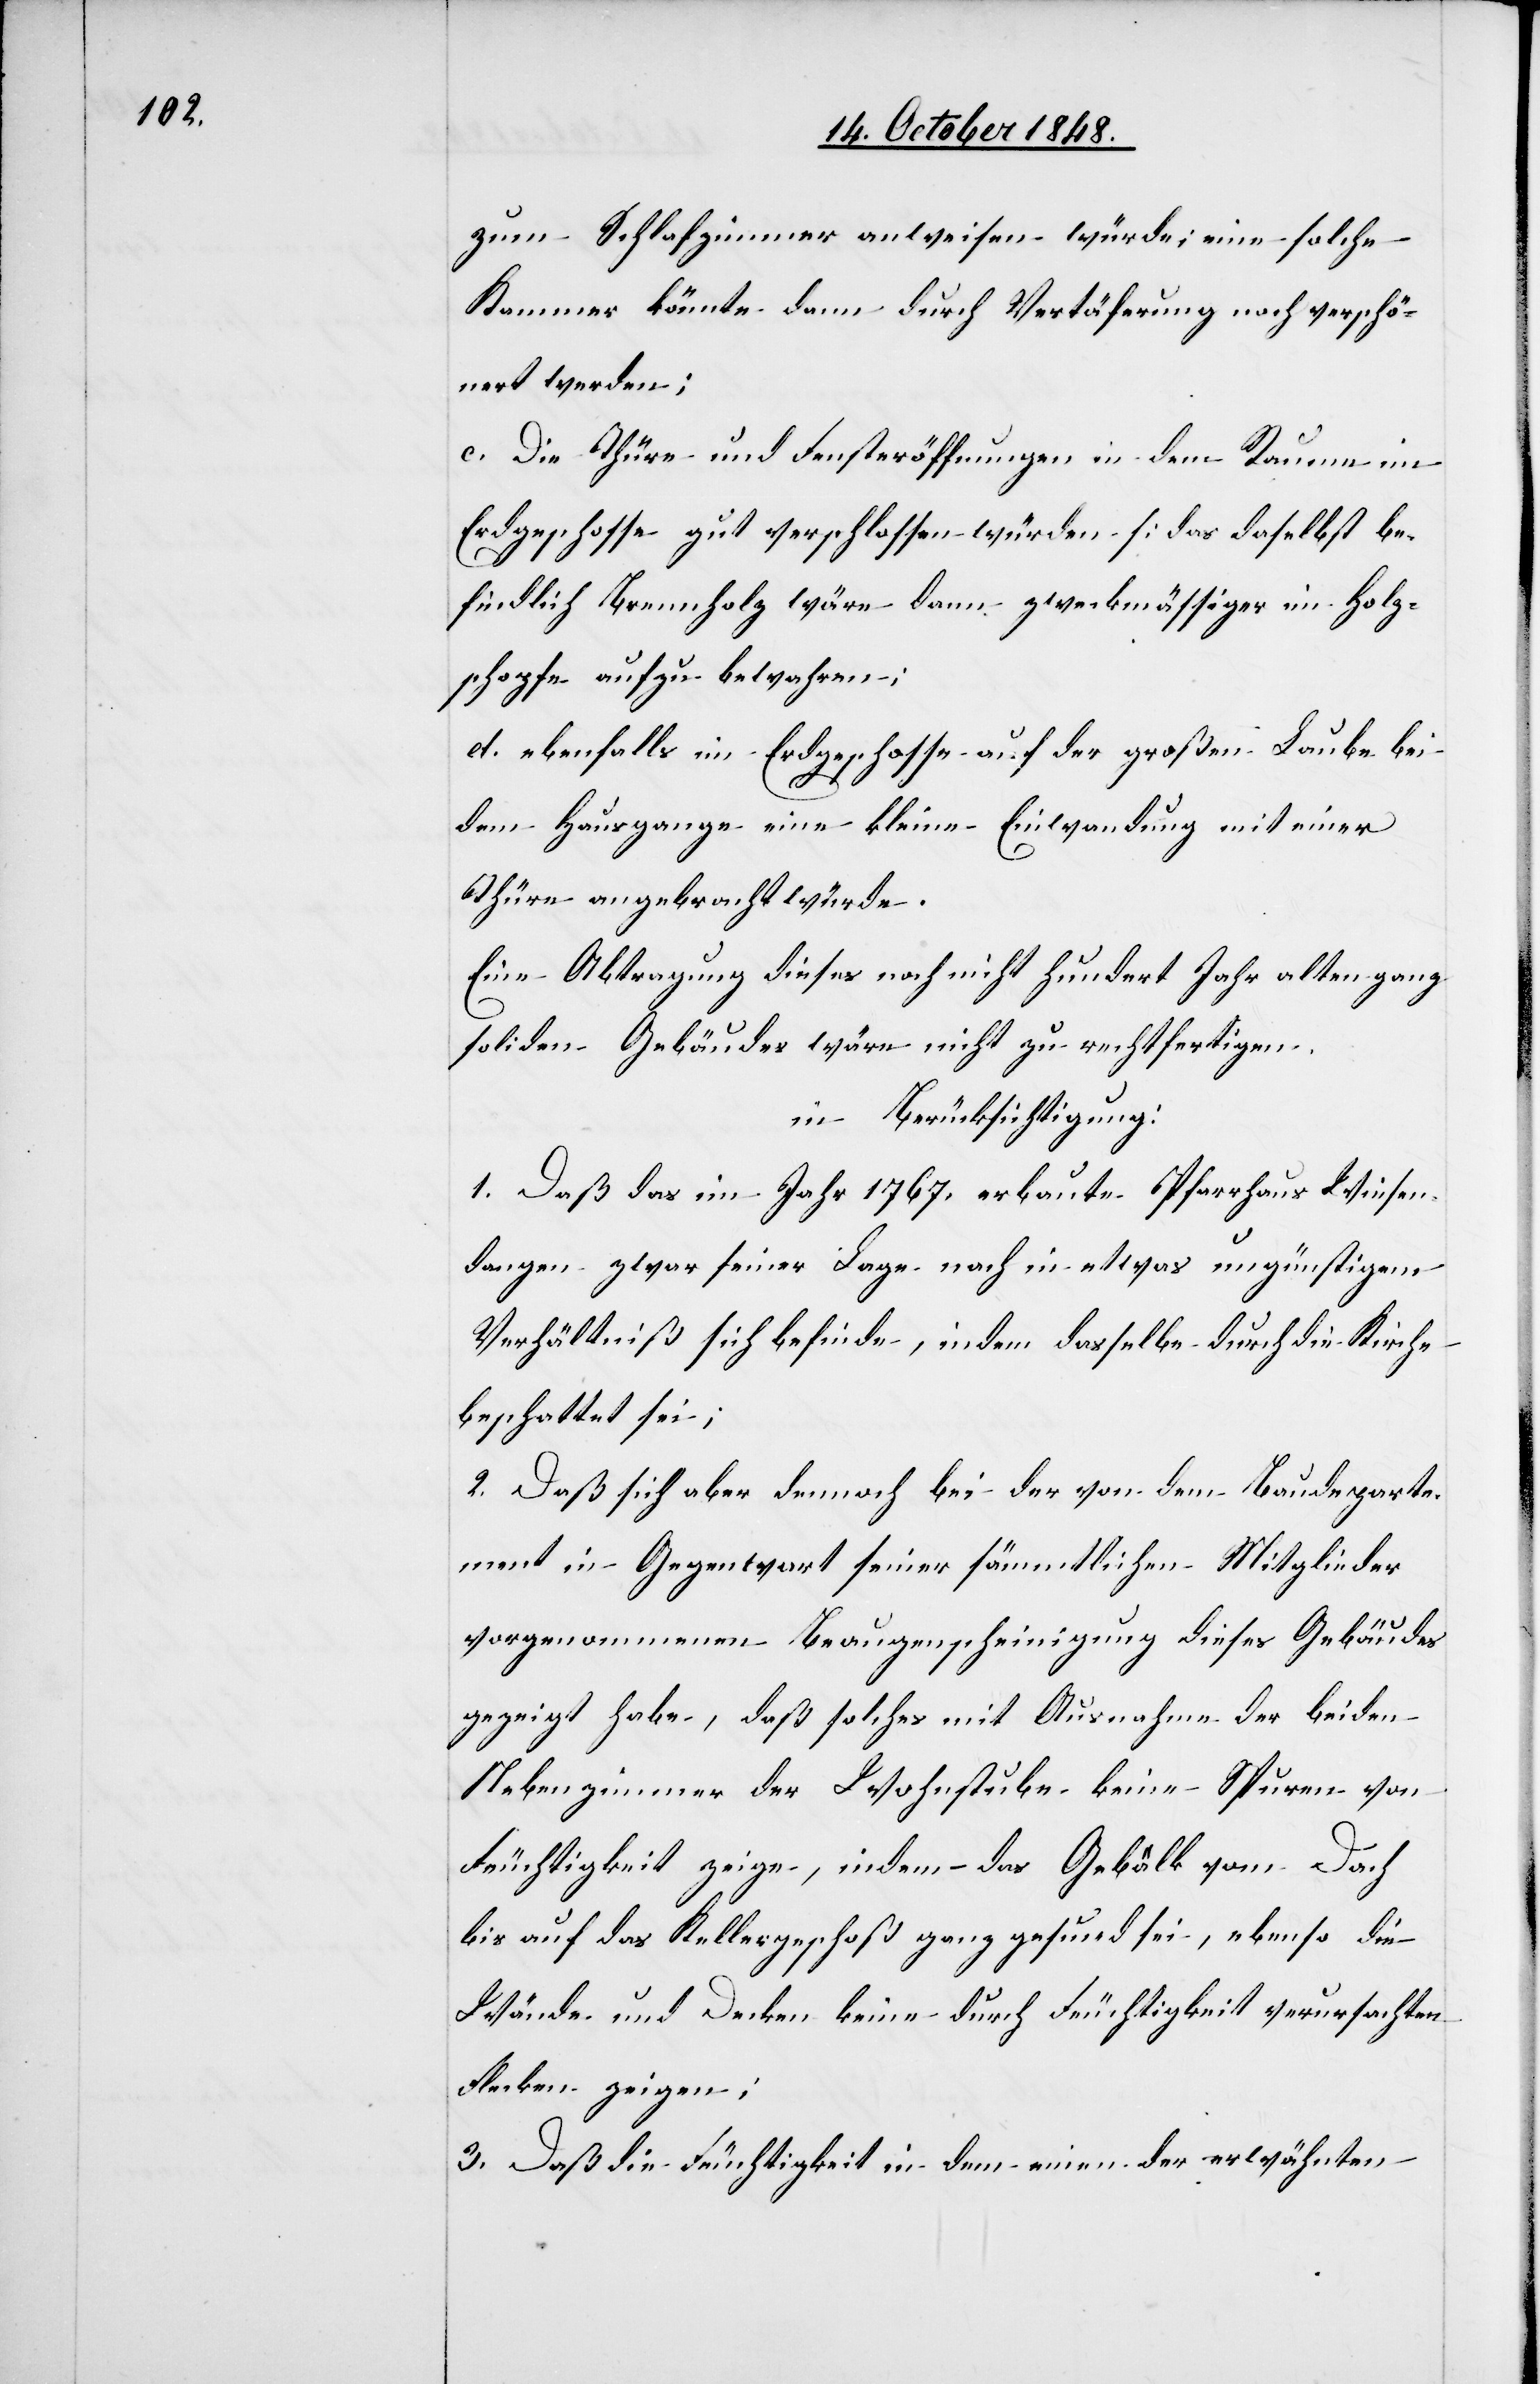
zum Schlafzimmer anweisen würde; eine solche
Kammer könnte dann durch Vertäferung noch verschö¬
nert werden;
c. Die Thüre und Fensteröffnungen in dem Raume im
Erdgeschosse gut verschlossen würden [das daselbst be¬
findliche Brennholz wäre dann zweckmäßiger im Holz¬
schopfe aufzu bewahren;[]]
d. ebenfalls im Erdgeschosse auf der großen Laube bei
dem Hausgange eine kleine Einwandung mit einer
Thüre angebracht würde.
Eine Abragung dieses noch nicht hundert Jahre alten ganz
soliden Gebäudes wäre nicht zu rechtfertigen.
in Berücksichtigung:
1. Daß das im Jahr 1767. erbaute Pfarrhaus Wiesen¬
dangen zwar seiner Lage nach in etwas ungünstigem
Verhältniß sich befinde, indem dasselbe durch die Kirche
beschattet sei;
2. Daß sich aber dennoch bei der von dem Baudeparte¬
ment in Gegenwart seiner sämmtlichen Mitglieder
vorgenommenen Beaugenscheinigung dieses Gebäudes
gezeigt habe, daß solches mit Ausnahme der beiden
Nebenzimmer der Wohnstube keine Spuren von
Feuchtigkeit zeige, indem das Gebälk vom Dach
bis auf das Kellergeschoß ganz gesund sei, ebenso die
Wände und Decken keine durch Feuchtigkeit verursachten
Flecken zeigen;
3. Daß die Feuchtigkeit in dem einen der erwähnten